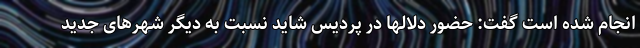
انجام شده است گفت: حضور دلالها در پردیس شاید نسبت به دیگر شهرهای جدید